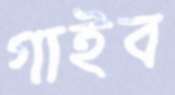
গাইব